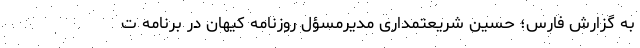
به گزارش فارس؛ حسین شریعتمداری مدیرمسؤل روزنامه کیهان در برنامه ت